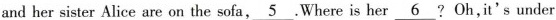
and her sister Alice are on the sofa,\underline{5}.Where is her\underline{6}?Oh,it's under